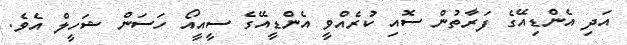
އަދި އެންޑިއޭގެ ފަރާތުން ސޮއި ކުރެއްވީ އެންޑީއޭގެ ސީއީއޯ ހަސަން ޝަހީލް އެވެ.